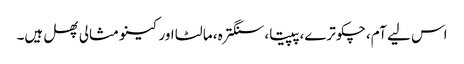
اس لیے آم، چکوترے، پپیتا، سنگترہ، مالٹا اور کینو مثالی پھل ہیں۔